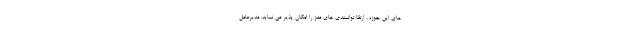
های این حوزه ، ارتقا توانمندی های مغز را امکان پذیر می نماید. مدیرعامل